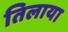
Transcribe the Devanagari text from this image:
तिलाया